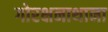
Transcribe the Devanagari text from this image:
गोरक्षनाथाना